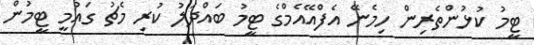
ޓީމު ކުޅުންތެރިން ހިމެނޭ އެފްއޭއެމްގެ ޓީމު ބައްދަލު ކުރި މެޗު ގައުމީ ޓީމުން